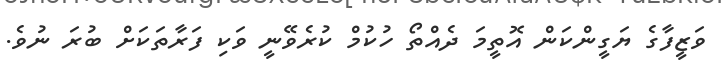
ވަޒީފާގެ ޔަގީންކަން އޮތީމަ ދެއްތޯ ހުކުމް ކުރެވޭނީ ވަކި ފަރާތަކަށް ބުރަ ނުވެ.